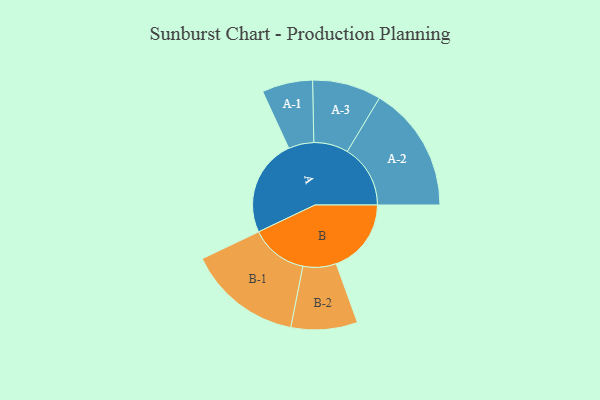
{"axis": {"x": "Segment", "y": "Value"}, "legend": ["", "A", "B"], "data": [{"x": "A", "y": 406, "type": ""}, {"x": "B", "y": 314, "type": ""}, {"x": "A-1", "y": 106, "type": "A"}, {"x": "A-2", "y": 264, "type": "A"}, {"x": "A-3", "y": 144, "type": "A"}, {"x": "B-1", "y": 239, "type": "B"}, {"x": "B-2", "y": 139, "type": "B"}]}